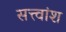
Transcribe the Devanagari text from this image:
सत्त्वांश